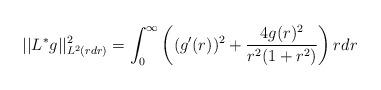
LaTeX: \begin{align*} ||L^{*}g||_{L^{2}(r dr)}^{2} = \int_{0}^{\infty} \left((g'(r))^{2}+\frac{4g(r)^{2}}{r^{2}(1+r^{2})}\right) rdr\end{align*}